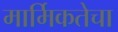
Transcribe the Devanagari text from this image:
मार्मिकतेचा